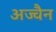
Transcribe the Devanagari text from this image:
अज्वैन